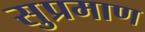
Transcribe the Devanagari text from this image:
सुप्रमाण